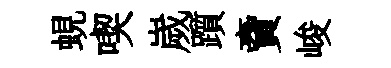
蜆喫嵗躓𧶠峻